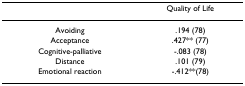
<table><thead><tr><td></td><td><b>Quality of Life</b></td></tr></thead><tbody><tr><td>Avoiding</td><td>.194 (78)</td></tr><tr><td>Acceptance</td><td>.427** (77)</td></tr><tr><td>Cognitive-palliative</td><td>-.083 (78)</td></tr><tr><td>Distance</td><td>.101 (79)</td></tr><tr><td>Emotional reaction</td><td>-.412**(78)</td></tr></tbody></table>